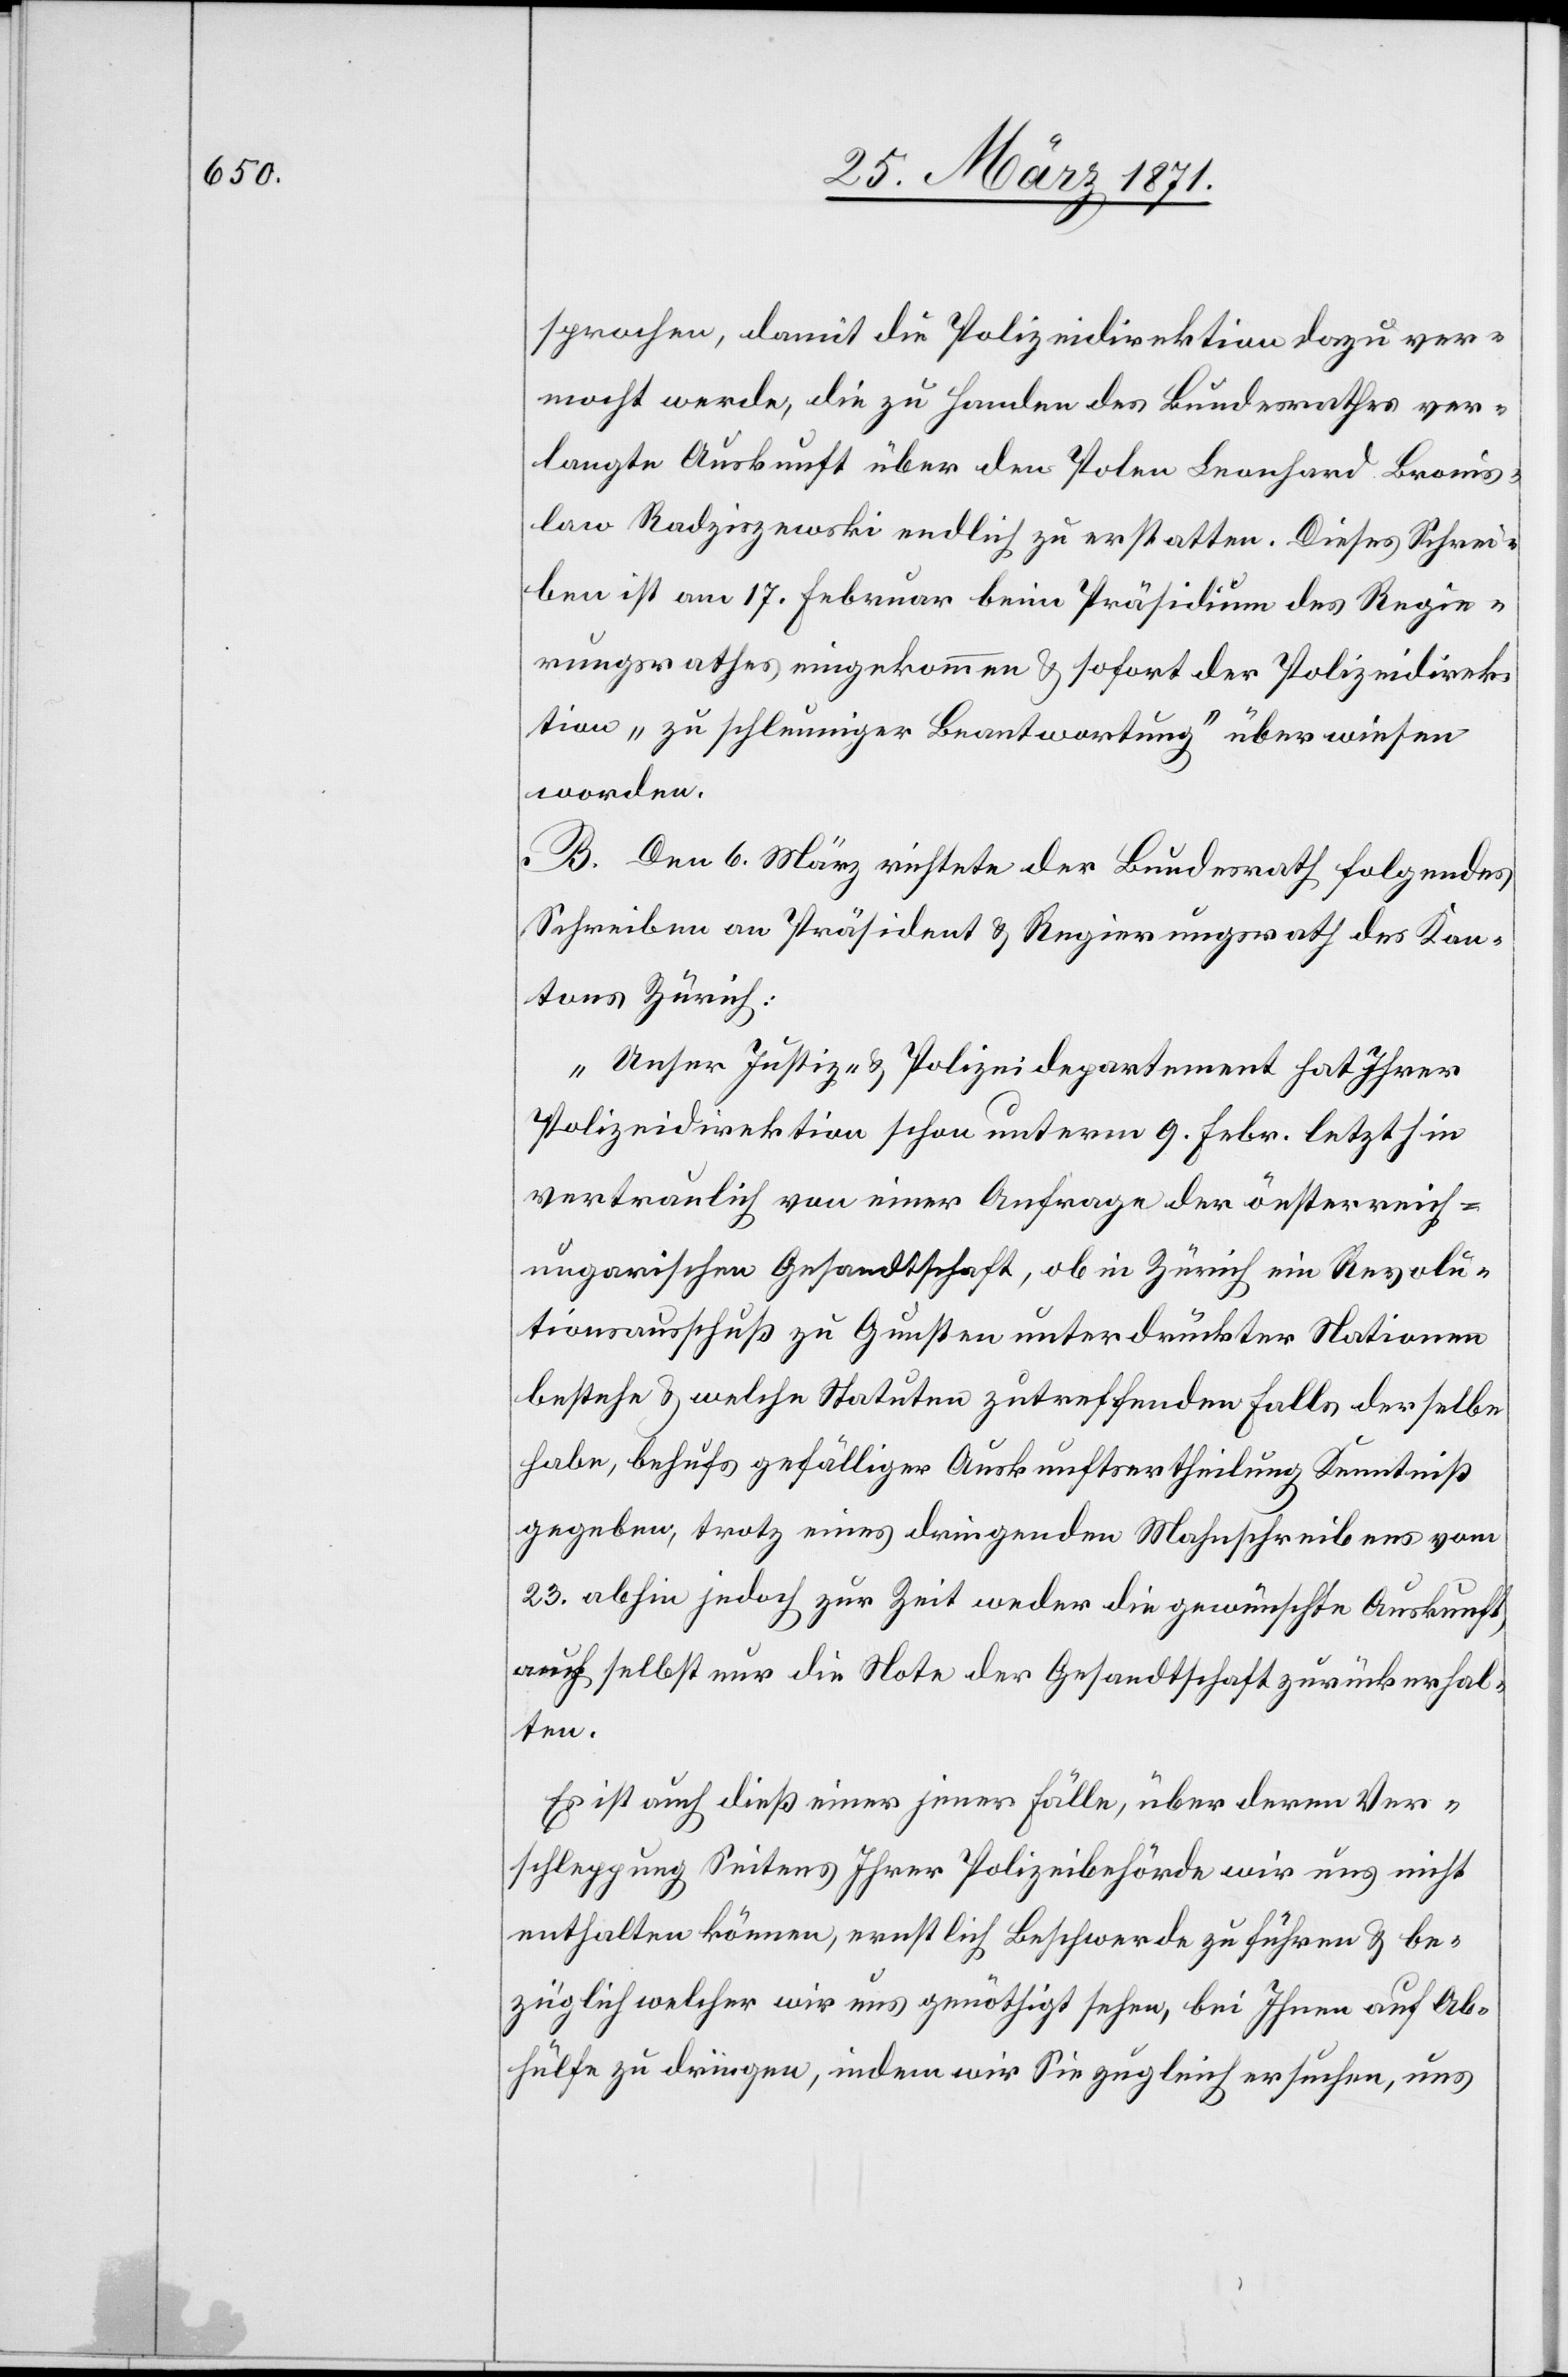
sprochen, damit die Polizeidirektion dazu ver¬
mocht werde, die zu Handen des Bundesrathes ver¬
langte Auskunft über den Polen Leonhard Bronis¬
law Radziszewski endlich zu erstatten. Dieses Schrei¬
ben ist am 17. Februar beim Präsidium des Regie¬
rungsrathes eingekommen u. sofort der Polizeidirek¬
tion „zu schleuniger Beantwortung“ überwiesen
worden.
B. Den 6. März richtete der Bundesrath folgendes
Schreiben an Präsident u. Regierungsrath des Kan¬
tons Zürich:
„Unser Justiz- u. Polizeidepartement hat Ihrer
Polizeidirektion schon unterm 9. Febr. letzthin
vertraulich von einer Anfrage der oesterreich-u¬
ngarischen Gesandtschaft, ob in Zürich ein Revolu¬
tionsausschuß zu Gunsten unterdrückter Nationen
bestehe u. welche Statuten zutreffendenfalls derselbe
habe, behufs gefälliger Auskunftsertheilung Kenntniß
gegeben, trotz eines dringenden Mahnschreibens vom
23. abhin jedoch zur Zeit weder die gewünschte Auskunft
auch selbst nur die Note der Gesandtschaft zurück erhal¬
ten.
Es ist auch dieß einer jener Fälle, über deren Ver¬
schleppung Seitens Ihrer Polizeibehörde wir uns nicht
enthalten können, ernstlich Beschwerde zu führen u. be¬
züglich welcher wir uns genöthigt sehen, bei Ihnen auf Ab¬
hülfe zu dringen, indem wir Sie zugleich ersuchen, uns